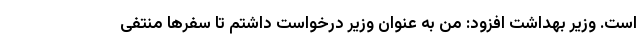
است. وزیر بهداشت افزود: من به عنوان وزیر درخواست داشتم تا سفرها منتفی